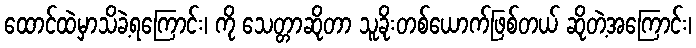
ထောင်ထဲမှာသိခဲ့ရကြောင်း၊ ကို သေတ္တာဆိုတာ သူခိုးတစ်ယောက်ဖြစ်တယ် ဆိုတဲ့အကြောင်း၊